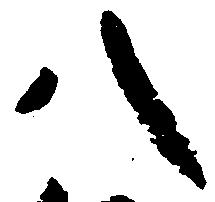
八